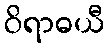
ဝိရာဓယီ